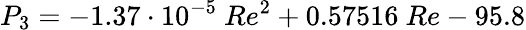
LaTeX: P_{3}=-1.37\cdot 10^{-5}\ Re^{2}+0.57516\ Re-95.8